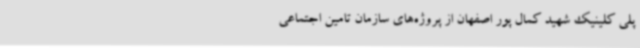
پلی کلینیک شهید کمال پور اصفهان از پروژه‌های سازمان تامین اجتماعی